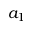
a _ { 1 }